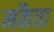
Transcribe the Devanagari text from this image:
मकैता